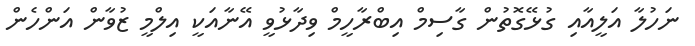
ނަހުލާ އަލީއާއި ގުޅޭގޮތުން ގާސިމް އިބްރާހީމް ވިދާޅުވީ އޭނާއަކީ އިލްމީ ޒުވާން އަންހެން